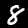
Digit: 8